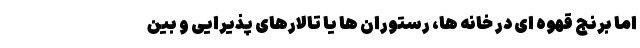
اما برنج قهوه ای در خانه ها، رستوران ها یا تالارهای پذیرایی و بین